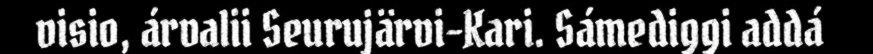
visio, árvalii Seurujärvi-Kari. Sámediggi addá